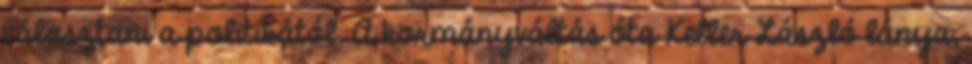
választani a politikától. A kormányváltás óta Keller László lánya,